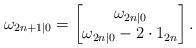
LaTeX: \begin{align*} \omega_{2n+1|0} = \begin{bmatrix}\omega_{2n|0}\\ \omega_{2n|0} - 2\cdot1_{2n}\end{bmatrix}. \end{align*}